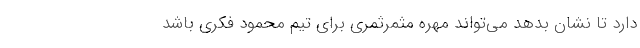
دارد تا نشان بدهد می‌تواند مهره مثمرثمری برای تیم محمود فکری باشد